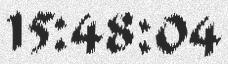
15:48:04